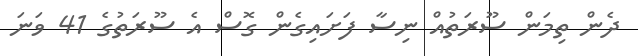
ދެން ތިމަން ސޫރަތުއް ނިސާ ފަށައިގެން ގޮސް އެ ސޫރަތުގެ 41 ވަނަ